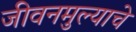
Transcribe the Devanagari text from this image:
जीवनमुल्याचे